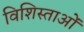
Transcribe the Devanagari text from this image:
विशिस्ताओं